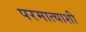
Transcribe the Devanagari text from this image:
परमात्याशी